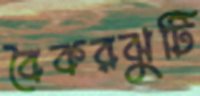
বৈকরঝুটি